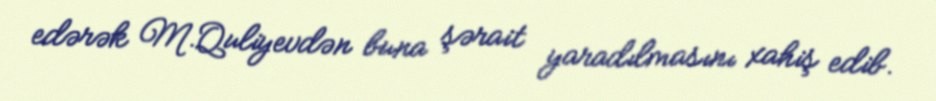
edərək M.Quliyevdən buna şərait yaradılmasını xahiş edib.